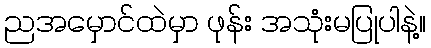
ညအမှောင်ထဲမှာ ဖုန်း အသုံးမပြုပါနဲ့။